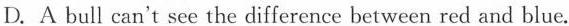
D. A bull can't see the difference between red and blue.